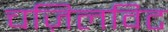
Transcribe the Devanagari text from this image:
चज़िलविट